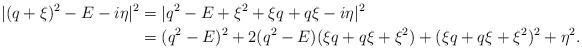
LaTeX: \begin{align*} |(q+\xi)^2 - E - i \eta |^2 & = | q^2 - E + \xi^2 + \xi q + q \xi - i \eta |^2 \\ & = (q^2 - E )^2 + 2 (q^2 - E) ( \xi q + q \xi + \xi^2 ) + ( \xi q + q \xi + \xi^2 )^2 + \eta^2. \end{align*}